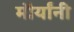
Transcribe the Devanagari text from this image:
मौर्यांनी